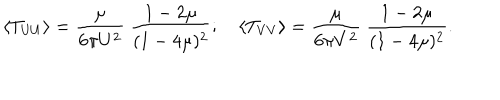
\left< T _ { U U } \right> = { \frac { \mu } { 6 \pi U ^ { 2 } } } \ { \frac { 1 - 2 \mu } { ( 1 - 4 \mu ) ^ { 2 } } } ; \quad \left< T _ { V V } \right> = { \frac { \mu } { 6 \pi V ^ { 2 } } } \ { \frac { 1 - 2 \mu } { ( 1 - 4 \mu ) ^ { 2 } } } .